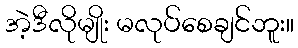
အဲ့ဒီလိုမျိုး မလုပ်စေချင်ဘူး။